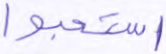
استحبوا